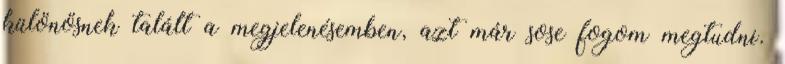
különösnek talált a megjelenésemben, azt már sose fogom megtudni.